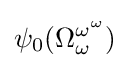
\psi _{0}(\Omega _{\omega }^{\omega ^{\omega }})